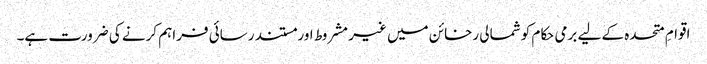
اقوامِ متحدہ کے لیے برمی حکام کو شمالی رخائن میں غیر مشروط اور مستند رسائی فراہم کرنے کی ضرورت ہے۔